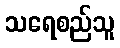
သရေစည်သူ